Scottish Leaving Certificate Examination, 1956
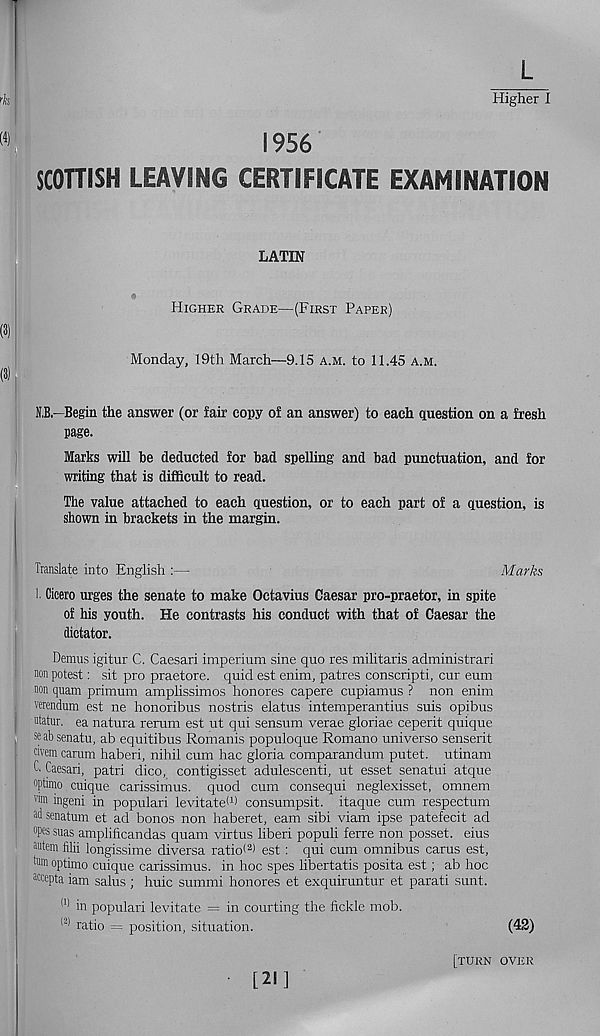
L
Higher I
1956
SCOTTISH LEAVING CERTIFICATE EXAMINATION
LATIN
Higher Grade—(First Paper)
Monday, 19th March—9.15 a.m. to 11.45 a.m.
N,B—Begin the answer (or fair copy of an answer) to each question on a fresh
page.
Marks will be deducted for bad spelling and bad punctuation, and for
writing that is difficult to read.
The value attached to each question, or to each part of a question, is
shown in brackets in the margin.
Translate into English :—
Marks
1. Cicero urges the senate to make Octavius Caesar pro-praetor, in spite
of his youth. He contrasts his conduct with that of Caesar the
dictator.
Demus igitur C. Caesari imperium sine quo res militaris administrari
non potest: sit pro praetore. quid est enim, patres conscripti, cur eum
non quam primum amplissimos honores capere cupiamus ? non enim
verendum est ne honoribus nostris elatus intemperantius suis opibus
ntatur. ea natura rerum est ut qui sensum verae gloriae ceperit quique
seabsenatu, ab equitibus Romanis populoque Romano uni verso senserit
civem carum haberi, nihil cum hac gloria comparandum putet. utinam
C Caesari, patri dico, contigisset adulescenti, ut esset senatui atque
optimo cuique carissimus. quod cum consequi neglexisset, omnem
T m ingeni in popular! levitate 11 * consumpsit. itaque cum respectum
ad senatum et ad bonos non haberet, earn sibi viam ipse patefecit ad
°pes suas amplificandas quam virtus liberi populi ferre non posset, eius
autem filii longissime diversa ratio< 2) est: qui cum omnibus cams est,
tam optimo cuique carissimus. in hoc spes libertatis posita est; ab hoc
awpta iam salus ; huic summi honores et exquiruntur et parati sunt.
(1) in popular! levitate = in courting the fickle mob.
(2) ratio = position, situation.
(42)
[turn over
■ [21]